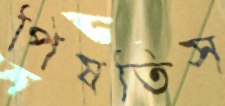
পিষতিস